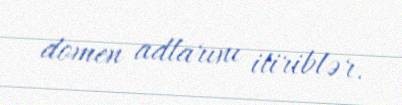
domen adlarını itiriblər.